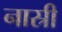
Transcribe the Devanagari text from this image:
नास्री